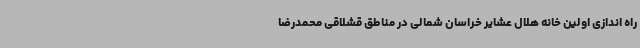
راه اندازی اولین خانه هلال عشایر خراسان شمالی در مناطق قشلاقی محمدرضا